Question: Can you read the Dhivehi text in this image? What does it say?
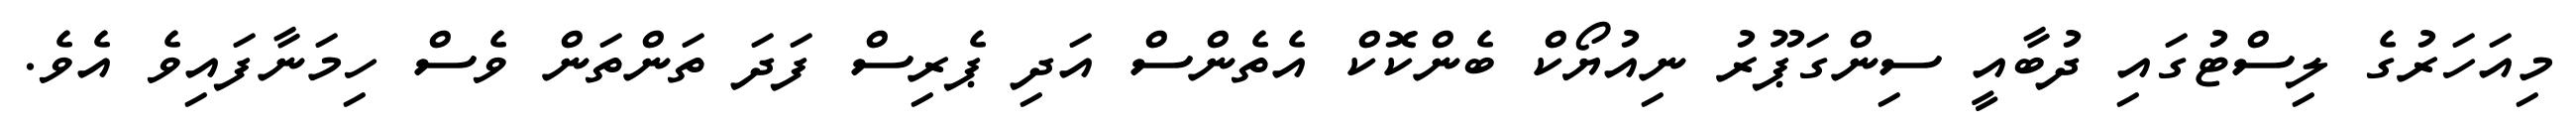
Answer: މިއަހަރުގެ ލިސްޓުގައި ދުބާއީ ސިންގަޕޫރު ނިއުޔޯކް ބެންކޮކް އެތެންސް އަދި ޕެރިސް ފަދަ ތަންތަން ވެސް ހިމަނާފައިވެ އެވެ.